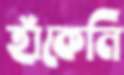
হাঁকেনি